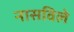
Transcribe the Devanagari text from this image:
नासविले